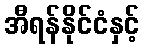
အီရန်နိုင်ငံနှင့်